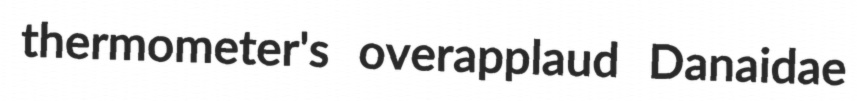
thermometer's overapplaud Danaidae